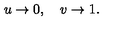
u \rightarrow 0 , \quad v \rightarrow 1 .